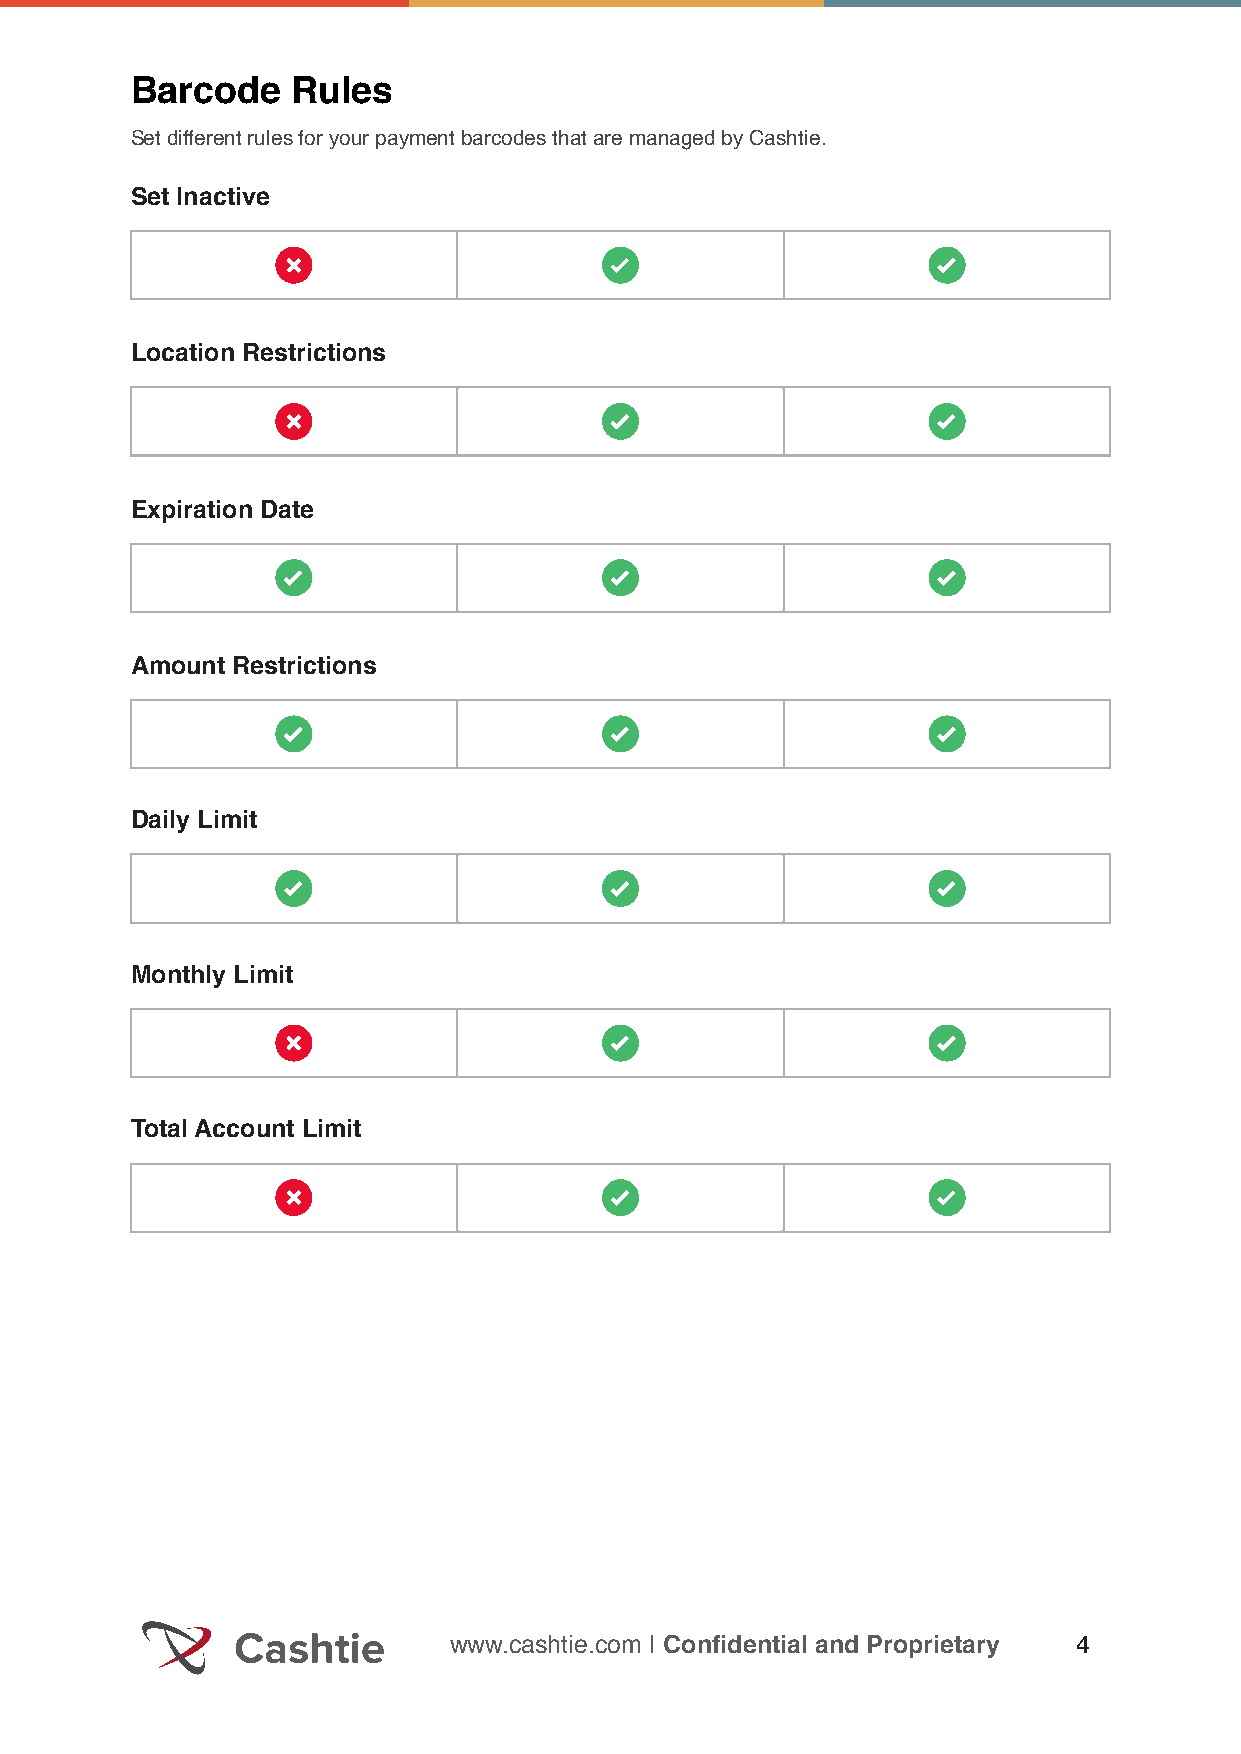
Barcode   Rules
 Set different rules for your payment barcodes that are managed by Cashtie.
 Set Inactive
 Location Restrictions
 Expiration Date
 Amount Restrictions
 Daily Limit
 Monthly Limit
 Total Account Limit
 www.cashtie.com | Confidential and Proprietary 4